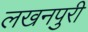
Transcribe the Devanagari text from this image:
लखनपुरी